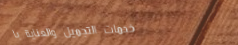
خدمات التجميل والعناية با